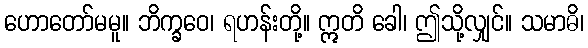
ဟောတော်မမူ။ ဘိက္ခဝေ၊ ရဟန်းတို့။ ဣတိ ခေါ၊ ဤသို့လျှင်။ သမာဓိ၊